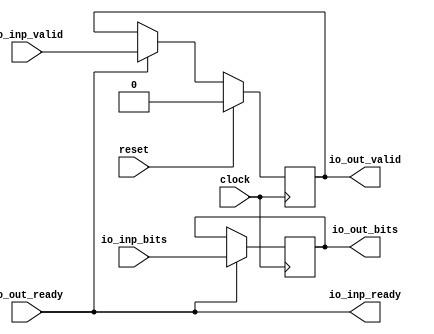
module BlockedStage(
  input         clock,
  input         reset,
  output        io_inp_ready,
  input         io_inp_valid,
  input  [15:0] io_inp_bits,
  input         io_out_ready,
  output        io_out_valid,
  output [15:0] io_out_bits
);
`ifdef RANDOMIZE_REG_INIT
  reg [31:0] _RAND_0;
  reg [31:0] _RAND_1;
`endif // RANDOMIZE_REG_INIT
  reg  out_valid; // @[DecoupledStage.scala 17:26]
  reg [15:0] out_bits; // @[DecoupledStage.scala 18:21]
  assign io_inp_ready = io_out_ready; // @[DecoupledStage.scala 23:16]
  assign io_out_valid = out_valid; // @[DecoupledStage.scala 20:16]
  assign io_out_bits = out_bits; // @[DecoupledStage.scala 21:16]
  always @(posedge clock) begin
    if (reset) begin // @[DecoupledStage.scala 17:26]
      out_valid <= 1'h0; // @[DecoupledStage.scala 17:26]
    end else if (io_inp_ready) begin // @[DecoupledStage.scala 25:23]
      out_valid <= io_inp_valid; // @[DecoupledStage.scala 26:15]
    end
    if (io_inp_ready) begin // @[DecoupledStage.scala 25:23]
      out_bits <= io_inp_bits; // @[DecoupledStage.scala 27:14]
    end
  end
// Register and memory initialization
`ifdef RANDOMIZE_GARBAGE_ASSIGN
`define RANDOMIZE
`endif
`ifdef RANDOMIZE_INVALID_ASSIGN
`define RANDOMIZE
`endif
`ifdef RANDOMIZE_REG_INIT
`define RANDOMIZE
`endif
`ifdef RANDOMIZE_MEM_INIT
`define RANDOMIZE
`endif
`ifndef RANDOM
`define RANDOM $random
`endif
`ifdef RANDOMIZE_MEM_INIT
  integer initvar;
`endif
`ifndef SYNTHESIS
`ifdef FIRRTL_BEFORE_INITIAL
`FIRRTL_BEFORE_INITIAL
`endif
initial begin
  `ifdef RANDOMIZE
    `ifdef INIT_RANDOM
      `INIT_RANDOM
    `endif
    `ifndef VERILATOR
      `ifdef RANDOMIZE_DELAY
        #`RANDOMIZE_DELAY begin end
      `else
        #0.002 begin end
      `endif
    `endif
`ifdef RANDOMIZE_REG_INIT
  _RAND_0 = {1{`RANDOM}};
  out_valid = _RAND_0[0:0];
  _RAND_1 = {1{`RANDOM}};
  out_bits = _RAND_1[15:0];
`endif // RANDOMIZE_REG_INIT
  `endif // RANDOMIZE
end // initial
`ifdef FIRRTL_AFTER_INITIAL
`FIRRTL_AFTER_INITIAL
`endif
`endif // SYNTHESIS
endmodule
module Chain_8_BlockedStage_16(
  input         clock,
  input         reset,
  output        io_inp_ready,
  input         io_inp_valid,
  input  [15:0] io_inp_bits,
  input         io_out_ready,
  output        io_out_valid,
  output [15:0] io_out_bits
);
  wire  u_clock; // @[DecoupledStage.scala 137:19]
  wire  u_reset; // @[DecoupledStage.scala 137:19]
  wire  u_io_inp_ready; // @[DecoupledStage.scala 137:19]
  wire  u_io_inp_valid; // @[DecoupledStage.scala 137:19]
  wire [15:0] u_io_inp_bits; // @[DecoupledStage.scala 137:19]
  wire  u_io_out_ready; // @[DecoupledStage.scala 137:19]
  wire  u_io_out_valid; // @[DecoupledStage.scala 137:19]
  wire [15:0] u_io_out_bits; // @[DecoupledStage.scala 137:19]
  wire  u_1_clock; // @[DecoupledStage.scala 137:19]
  wire  u_1_reset; // @[DecoupledStage.scala 137:19]
  wire  u_1_io_inp_ready; // @[DecoupledStage.scala 137:19]
  wire  u_1_io_inp_valid; // @[DecoupledStage.scala 137:19]
  wire [15:0] u_1_io_inp_bits; // @[DecoupledStage.scala 137:19]
  wire  u_1_io_out_ready; // @[DecoupledStage.scala 137:19]
  wire  u_1_io_out_valid; // @[DecoupledStage.scala 137:19]
  wire [15:0] u_1_io_out_bits; // @[DecoupledStage.scala 137:19]
  wire  u_2_clock; // @[DecoupledStage.scala 137:19]
  wire  u_2_reset; // @[DecoupledStage.scala 137:19]
  wire  u_2_io_inp_ready; // @[DecoupledStage.scala 137:19]
  wire  u_2_io_inp_valid; // @[DecoupledStage.scala 137:19]
  wire [15:0] u_2_io_inp_bits; // @[DecoupledStage.scala 137:19]
  wire  u_2_io_out_ready; // @[DecoupledStage.scala 137:19]
  wire  u_2_io_out_valid; // @[DecoupledStage.scala 137:19]
  wire [15:0] u_2_io_out_bits; // @[DecoupledStage.scala 137:19]
  wire  u_3_clock; // @[DecoupledStage.scala 137:19]
  wire  u_3_reset; // @[DecoupledStage.scala 137:19]
  wire  u_3_io_inp_ready; // @[DecoupledStage.scala 137:19]
  wire  u_3_io_inp_valid; // @[DecoupledStage.scala 137:19]
  wire [15:0] u_3_io_inp_bits; // @[DecoupledStage.scala 137:19]
  wire  u_3_io_out_ready; // @[DecoupledStage.scala 137:19]
  wire  u_3_io_out_valid; // @[DecoupledStage.scala 137:19]
  wire [15:0] u_3_io_out_bits; // @[DecoupledStage.scala 137:19]
  wire  u_4_clock; // @[DecoupledStage.scala 137:19]
  wire  u_4_reset; // @[DecoupledStage.scala 137:19]
  wire  u_4_io_inp_ready; // @[DecoupledStage.scala 137:19]
  wire  u_4_io_inp_valid; // @[DecoupledStage.scala 137:19]
  wire [15:0] u_4_io_inp_bits; // @[DecoupledStage.scala 137:19]
  wire  u_4_io_out_ready; // @[DecoupledStage.scala 137:19]
  wire  u_4_io_out_valid; // @[DecoupledStage.scala 137:19]
  wire [15:0] u_4_io_out_bits; // @[DecoupledStage.scala 137:19]
  wire  u_5_clock; // @[DecoupledStage.scala 137:19]
  wire  u_5_reset; // @[DecoupledStage.scala 137:19]
  wire  u_5_io_inp_ready; // @[DecoupledStage.scala 137:19]
  wire  u_5_io_inp_valid; // @[DecoupledStage.scala 137:19]
  wire [15:0] u_5_io_inp_bits; // @[DecoupledStage.scala 137:19]
  wire  u_5_io_out_ready; // @[DecoupledStage.scala 137:19]
  wire  u_5_io_out_valid; // @[DecoupledStage.scala 137:19]
  wire [15:0] u_5_io_out_bits; // @[DecoupledStage.scala 137:19]
  wire  u_6_clock; // @[DecoupledStage.scala 137:19]
  wire  u_6_reset; // @[DecoupledStage.scala 137:19]
  wire  u_6_io_inp_ready; // @[DecoupledStage.scala 137:19]
  wire  u_6_io_inp_valid; // @[DecoupledStage.scala 137:19]
  wire [15:0] u_6_io_inp_bits; // @[DecoupledStage.scala 137:19]
  wire  u_6_io_out_ready; // @[DecoupledStage.scala 137:19]
  wire  u_6_io_out_valid; // @[DecoupledStage.scala 137:19]
  wire [15:0] u_6_io_out_bits; // @[DecoupledStage.scala 137:19]
  wire  u_7_clock; // @[DecoupledStage.scala 137:19]
  wire  u_7_reset; // @[DecoupledStage.scala 137:19]
  wire  u_7_io_inp_ready; // @[DecoupledStage.scala 137:19]
  wire  u_7_io_inp_valid; // @[DecoupledStage.scala 137:19]
  wire [15:0] u_7_io_inp_bits; // @[DecoupledStage.scala 137:19]
  wire  u_7_io_out_ready; // @[DecoupledStage.scala 137:19]
  wire  u_7_io_out_valid; // @[DecoupledStage.scala 137:19]
  wire [15:0] u_7_io_out_bits; // @[DecoupledStage.scala 137:19]
  BlockedStage u ( // @[DecoupledStage.scala 137:19]
    .clock(u_clock),
    .reset(u_reset),
    .io_inp_ready(u_io_inp_ready),
    .io_inp_valid(u_io_inp_valid),
    .io_inp_bits(u_io_inp_bits),
    .io_out_ready(u_io_out_ready),
    .io_out_valid(u_io_out_valid),
    .io_out_bits(u_io_out_bits)
  );
  BlockedStage u_1 ( // @[DecoupledStage.scala 137:19]
    .clock(u_1_clock),
    .reset(u_1_reset),
    .io_inp_ready(u_1_io_inp_ready),
    .io_inp_valid(u_1_io_inp_valid),
    .io_inp_bits(u_1_io_inp_bits),
    .io_out_ready(u_1_io_out_ready),
    .io_out_valid(u_1_io_out_valid),
    .io_out_bits(u_1_io_out_bits)
  );
  BlockedStage u_2 ( // @[DecoupledStage.scala 137:19]
    .clock(u_2_clock),
    .reset(u_2_reset),
    .io_inp_ready(u_2_io_inp_ready),
    .io_inp_valid(u_2_io_inp_valid),
    .io_inp_bits(u_2_io_inp_bits),
    .io_out_ready(u_2_io_out_ready),
    .io_out_valid(u_2_io_out_valid),
    .io_out_bits(u_2_io_out_bits)
  );
  BlockedStage u_3 ( // @[DecoupledStage.scala 137:19]
    .clock(u_3_clock),
    .reset(u_3_reset),
    .io_inp_ready(u_3_io_inp_ready),
    .io_inp_valid(u_3_io_inp_valid),
    .io_inp_bits(u_3_io_inp_bits),
    .io_out_ready(u_3_io_out_ready),
    .io_out_valid(u_3_io_out_valid),
    .io_out_bits(u_3_io_out_bits)
  );
  BlockedStage u_4 ( // @[DecoupledStage.scala 137:19]
    .clock(u_4_clock),
    .reset(u_4_reset),
    .io_inp_ready(u_4_io_inp_ready),
    .io_inp_valid(u_4_io_inp_valid),
    .io_inp_bits(u_4_io_inp_bits),
    .io_out_ready(u_4_io_out_ready),
    .io_out_valid(u_4_io_out_valid),
    .io_out_bits(u_4_io_out_bits)
  );
  BlockedStage u_5 ( // @[DecoupledStage.scala 137:19]
    .clock(u_5_clock),
    .reset(u_5_reset),
    .io_inp_ready(u_5_io_inp_ready),
    .io_inp_valid(u_5_io_inp_valid),
    .io_inp_bits(u_5_io_inp_bits),
    .io_out_ready(u_5_io_out_ready),
    .io_out_valid(u_5_io_out_valid),
    .io_out_bits(u_5_io_out_bits)
  );
  BlockedStage u_6 ( // @[DecoupledStage.scala 137:19]
    .clock(u_6_clock),
    .reset(u_6_reset),
    .io_inp_ready(u_6_io_inp_ready),
    .io_inp_valid(u_6_io_inp_valid),
    .io_inp_bits(u_6_io_inp_bits),
    .io_out_ready(u_6_io_out_ready),
    .io_out_valid(u_6_io_out_valid),
    .io_out_bits(u_6_io_out_bits)
  );
  BlockedStage u_7 ( // @[DecoupledStage.scala 137:19]
    .clock(u_7_clock),
    .reset(u_7_reset),
    .io_inp_ready(u_7_io_inp_ready),
    .io_inp_valid(u_7_io_inp_valid),
    .io_inp_bits(u_7_io_inp_bits),
    .io_out_ready(u_7_io_out_ready),
    .io_out_valid(u_7_io_out_valid),
    .io_out_bits(u_7_io_out_bits)
  );
  assign io_inp_ready = u_io_inp_ready; // @[DecoupledStage.scala 141:14]
  assign io_out_valid = u_7_io_out_valid; // @[DecoupledStage.scala 144:10]
  assign io_out_bits = u_7_io_out_bits; // @[DecoupledStage.scala 144:10]
  assign u_clock = clock;
  assign u_reset = reset;
  assign u_io_inp_valid = io_inp_valid; // @[DecoupledStage.scala 141:14]
  assign u_io_inp_bits = io_inp_bits; // @[DecoupledStage.scala 141:14]
  assign u_io_out_ready = u_1_io_inp_ready; // @[DecoupledStage.scala 141:14]
  assign u_1_clock = clock;
  assign u_1_reset = reset;
  assign u_1_io_inp_valid = u_io_out_valid; // @[DecoupledStage.scala 141:14]
  assign u_1_io_inp_bits = u_io_out_bits; // @[DecoupledStage.scala 141:14]
  assign u_1_io_out_ready = u_2_io_inp_ready; // @[DecoupledStage.scala 141:14]
  assign u_2_clock = clock;
  assign u_2_reset = reset;
  assign u_2_io_inp_valid = u_1_io_out_valid; // @[DecoupledStage.scala 141:14]
  assign u_2_io_inp_bits = u_1_io_out_bits; // @[DecoupledStage.scala 141:14]
  assign u_2_io_out_ready = u_3_io_inp_ready; // @[DecoupledStage.scala 141:14]
  assign u_3_clock = clock;
  assign u_3_reset = reset;
  assign u_3_io_inp_valid = u_2_io_out_valid; // @[DecoupledStage.scala 141:14]
  assign u_3_io_inp_bits = u_2_io_out_bits; // @[DecoupledStage.scala 141:14]
  assign u_3_io_out_ready = u_4_io_inp_ready; // @[DecoupledStage.scala 141:14]
  assign u_4_clock = clock;
  assign u_4_reset = reset;
  assign u_4_io_inp_valid = u_3_io_out_valid; // @[DecoupledStage.scala 141:14]
  assign u_4_io_inp_bits = u_3_io_out_bits; // @[DecoupledStage.scala 141:14]
  assign u_4_io_out_ready = u_5_io_inp_ready; // @[DecoupledStage.scala 141:14]
  assign u_5_clock = clock;
  assign u_5_reset = reset;
  assign u_5_io_inp_valid = u_4_io_out_valid; // @[DecoupledStage.scala 141:14]
  assign u_5_io_inp_bits = u_4_io_out_bits; // @[DecoupledStage.scala 141:14]
  assign u_5_io_out_ready = u_6_io_inp_ready; // @[DecoupledStage.scala 141:14]
  assign u_6_clock = clock;
  assign u_6_reset = reset;
  assign u_6_io_inp_valid = u_5_io_out_valid; // @[DecoupledStage.scala 141:14]
  assign u_6_io_inp_bits = u_5_io_out_bits; // @[DecoupledStage.scala 141:14]
  assign u_6_io_out_ready = u_7_io_inp_ready; // @[DecoupledStage.scala 141:14]
  assign u_7_clock = clock;
  assign u_7_reset = reset;
  assign u_7_io_inp_valid = u_6_io_out_valid; // @[DecoupledStage.scala 141:14]
  assign u_7_io_inp_bits = u_6_io_out_bits; // @[DecoupledStage.scala 141:14]
  assign u_7_io_out_ready = io_out_ready; // @[DecoupledStage.scala 144:10]
endmodule